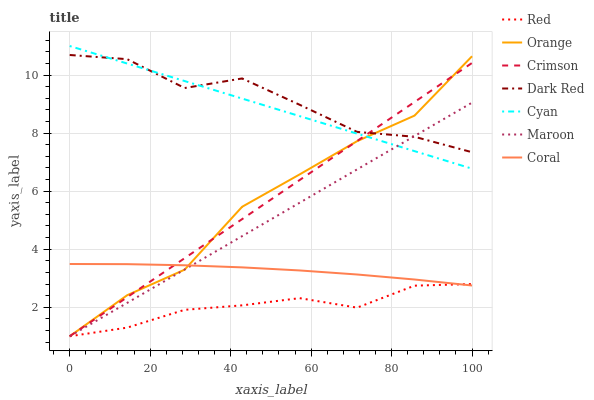
| xaxis_label | Red | Orange | Crimson | Dark Red | Cyan | Maroon | Coral |
 | --- | --- | --- | --- | --- | --- | --- | --- |
 | 0 | 1 | 1 | 1 | 10.7 | 11 | 1 | 3.49 |
 | 14.3 | 1.3 | 2.41 | 2.35 | 10.5 | 10.4 | 2.15 | 3.48 |
 | 28.6 | 1.91 | 3.29 | 3.69 | 9.55 | 9.79 | 3.3 | 3.45 |
 | 42.9 | 2.06 | 5.46 | 5.04 | 9.88 | 9.19 | 4.45 | 3.37 |
 | 57.1 | 2.31 | 6.57 | 6.38 | 8.98 | 8.59 | 5.6 | 3.27 |
 | 71.4 | 1.99 | 7.72 | 7.73 | 8.04 | 7.98 | 6.75 | 3.13 |
 | 85.7 | 2.74 | 8.6 | 9.07 | 7.87 | 7.38 | 7.9 | 2.95 |
 | 100 | 2.8 | 10.6 | 10.4 | 7.34 | 6.77 | 9.05 | 2.75 |